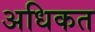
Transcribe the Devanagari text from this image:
अधिकत